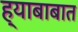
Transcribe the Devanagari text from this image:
ह्याबाबात